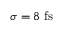
\sigma = 8 ~ \mathrm { f s }